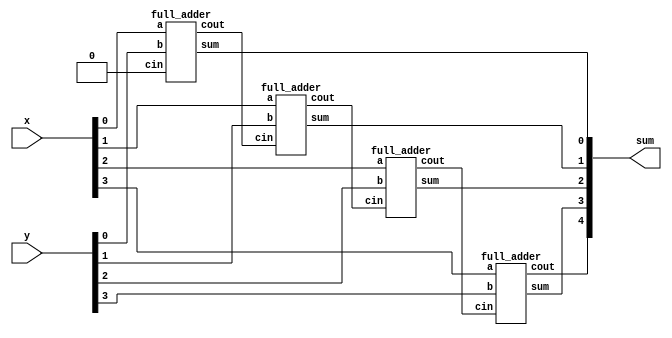
module top_module (
    input           [3 : 0] x,
    input           [3 : 0] y,
    output          [4 : 0] sum
);

    wire            [3 : 0] cout;

    full_adder inst0(
        .a      (x[0]   ),
        .b      (y[0]   ),
        .cin    (1'b0   ),
        .cout   (cout[0]),
        .sum    (sum[0] )
    );

    full_adder inst1(
        .a      (x[1]   ),
        .b      (y[1]   ),
        .cin    (cout[0]),
        .cout   (cout[1]),
        .sum    (sum[1] )
    );

    full_adder inst2(
        .a      (x[2]   ),
        .b      (y[2]   ),
        .cin    (cout[1]),
        .cout   (cout[2]),
        .sum    (sum[2] )
    );

    full_adder inst3(
        .a      (x[3]   ),
        .b      (y[3]   ),
        .cin    (cout[2]),
        .cout   (cout[3]),
        .sum    (sum[3] )
    );

    assign sum[4] = cout[3];


endmodule

module full_adder (
    input               a,
    input               b,
    input               cin,
    output              cout,
    output              sum
);

    assign {cout, sum} = a + b + cin;

endmodule